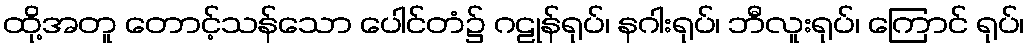
ထို့အတူ တောင့်သန်သော ပေါင်တံ၌ ဂဠုန်ရုပ်၊ နဂါးရုပ်၊ ဘီလူးရုပ်၊ ကြောင် ရုပ်၊